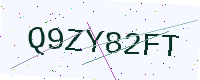
Text: Q9ZY82FT